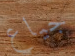
جياع